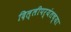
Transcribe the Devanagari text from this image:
दिल्लीपर्यंतच्या